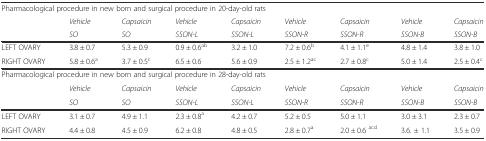
<table><thead><tr><td colspan="9"><b>Pharmacological procedure in new born and surgical procedure in 20-day-old rats</b></td></tr><tr><td></td><td><b><i>Vehicle</i></b></td><td><b><i>Capsaicin</i></b></td><td><b><i>Vehicle</i></b></td><td><b><i>Capsaicin</i></b></td><td><b><i>Vehicle</i></b></td><td><b><i>Capsaicin</i></b></td><td><b><i>Vehicle</i></b></td><td><b><i>Capsaicin</i></b></td></tr><tr><td></td><td><b><i>SO</i></b></td><td><b><i>SO</i></b></td><td><b><i>SSON-L</i></b></td><td><b><i>SSON-L</i></b></td><td><b><i>SSON-R</i></b></td><td><b><i>SSON-R</i></b></td><td><b><i>SSON-B</i></b></td><td><b><i>SSON-B</i></b></td></tr></thead><tbody><tr><td>LEFT OVARY</td><td>3.8 ± 0.7</td><td>5.3 ± 0.9</td><td>0.9 ± 0.6<sup>ab</sup></td><td>3.2 ± 1.0</td><td>7.2 ± 0.6<sup>b</sup></td><td>4.1 ± 1.1<sup>e</sup></td><td>4.8 ± 1.4</td><td>3.8 ± 1.0</td></tr><tr><td>RIGHT OVARY</td><td>5.8 ± 0.6<sup>a</sup></td><td>3.7 ± 0.5<sup>c</sup></td><td>6.5 ± 0.6</td><td>5.6 ± 0.9</td><td>2.5 ± 1.2<sup>ac</sup></td><td>2.7 ± 0.8<sup>c</sup></td><td>5.0 ± 1.4</td><td>2.5 ± 0.4<sup>c</sup></td></tr><tr><td colspan="9">Pharmacological procedure in new born and surgical procedure in 28-day-old rats</td></tr><tr><td></td><td><i>Vehicle</i></td><td><i>Capsaicin</i></td><td><i>Vehicle</i></td><td><i>Capsaicin</i></td><td><i>Vehicle</i></td><td><i>Capsaicin</i></td><td><i>Vehicle</i></td><td><i>Capsaicin</i></td></tr><tr><td></td><td><i>SO</i></td><td><i>SO</i></td><td><i>SSON-L</i></td><td><i>SSON-L</i></td><td><i>SSON-R</i></td><td><i>SSON-R</i></td><td><i>SSON-B</i></td><td><i>SSON-B</i></td></tr><tr><td>LEFT OVARY</td><td>3.1 ± 0.7</td><td>4.9 ± 1.1</td><td>2.3 ± 0.8<sup>a</sup></td><td>4.2 ± 0.7</td><td>5.2 ± 0.5</td><td>5.0 ± 1.1</td><td>3.0 ± 3.1</td><td>2.3 ± 0.7</td></tr><tr><td>RIGHT OVARY</td><td>4.4 ± 0.8</td><td>4.5 ± 0.9</td><td>6.2 ± 0.8</td><td>4.8 ± 0.5</td><td>2.8 ± 0.7<sup>a</sup></td><td>2.0 ± 0.6 <sup>acd</sup></td><td>3.6. ± 1.1</td><td>3.5 ± 0.9</td></tr></tbody></table>